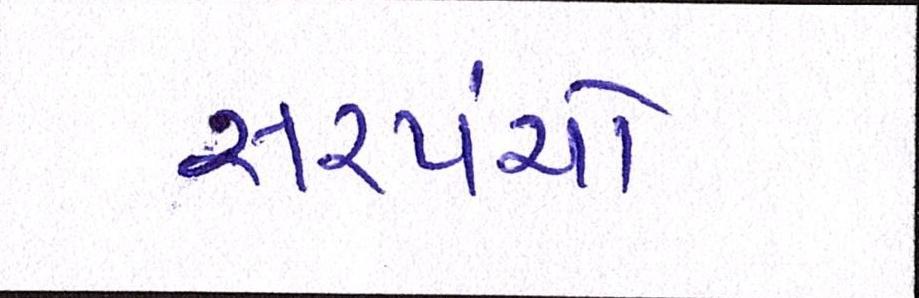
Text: સરપંચો